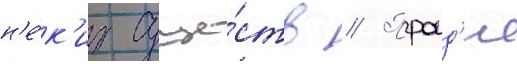
н'е́к'их суще́ств // Проид'я